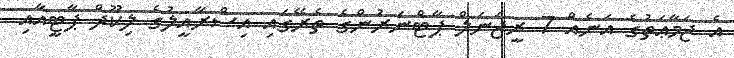
އެ ޖަމާޢަތުގެ އަނެއް 7 ރީޖަނަލް ޕާޓްނަރުންގެ ތެރޭގައި އިސްރާއީލުގެ ލިކޫދް ޕާޓީއާއި